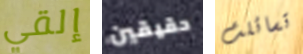
إلقي حقيقين تسائلت